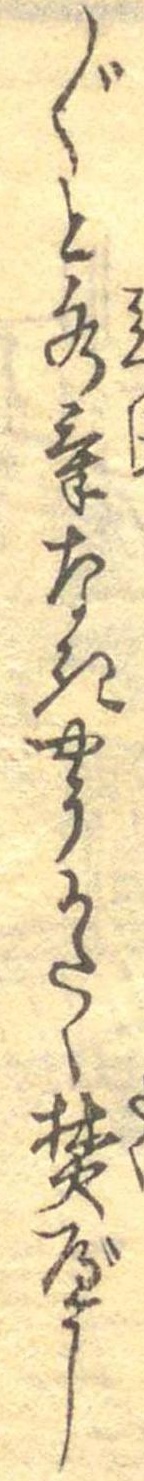
〲と水気なきやうかたく焚べし